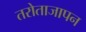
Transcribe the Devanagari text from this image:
तरोताजापन